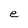
Character: e